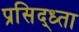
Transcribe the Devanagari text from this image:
प्रसिद्ध्ता